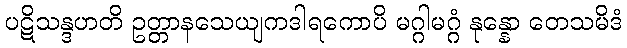
ပဋိသန္ဒဟတိ ဥတ္တာနသေယျကဒါရကောပိ မဂ္ဂါမဂ္ဂံ နုန္နော တေသမိဒံ